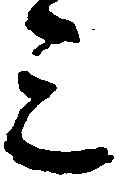
三